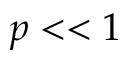
p < < 1